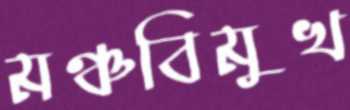
মঞ্চবিমুখ